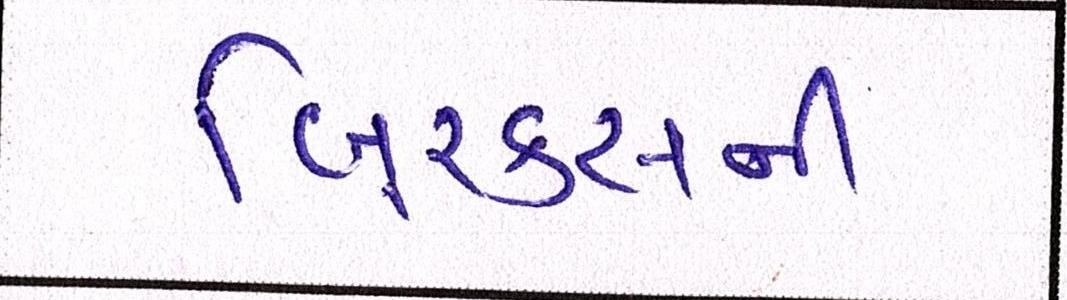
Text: બિ્રક્સની